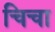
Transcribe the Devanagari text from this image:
चिचा